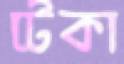
টেকা